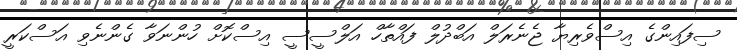
ސިފައިންގެ އިސްވެރިޔާ ޖެނެރަލް އަބްދުލް ފައްތާހް އަލްސީސީ އިސްކޮށް ހުންނަވާ ގެންނެވި އަސްކަރީ